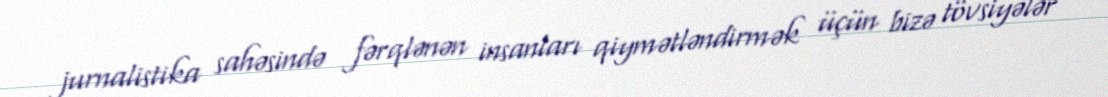
jurnalistika sahəsində fərqlənən insanları qiymətləndirmək üçün bizə tövsiyələr